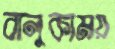
বালুকাময়